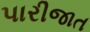
પારીજાત